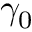
\gamma _ { 0 }